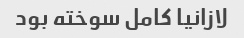
لازانیا کامل سوخته بود